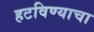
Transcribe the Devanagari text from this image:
हटविण्याचा